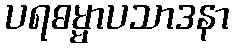
ပရဓမ္မာပသာဒနာ